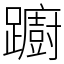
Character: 躕